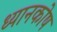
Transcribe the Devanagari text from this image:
ध्यानकोष